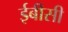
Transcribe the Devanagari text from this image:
ईबीसी